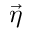
\vec { \eta }